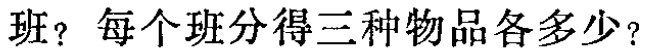
班？每个班分得三种物品各多少？